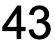
43